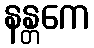
နန္တကေ